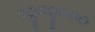
૧૦ૢ૦૦ૢ૦૦૦